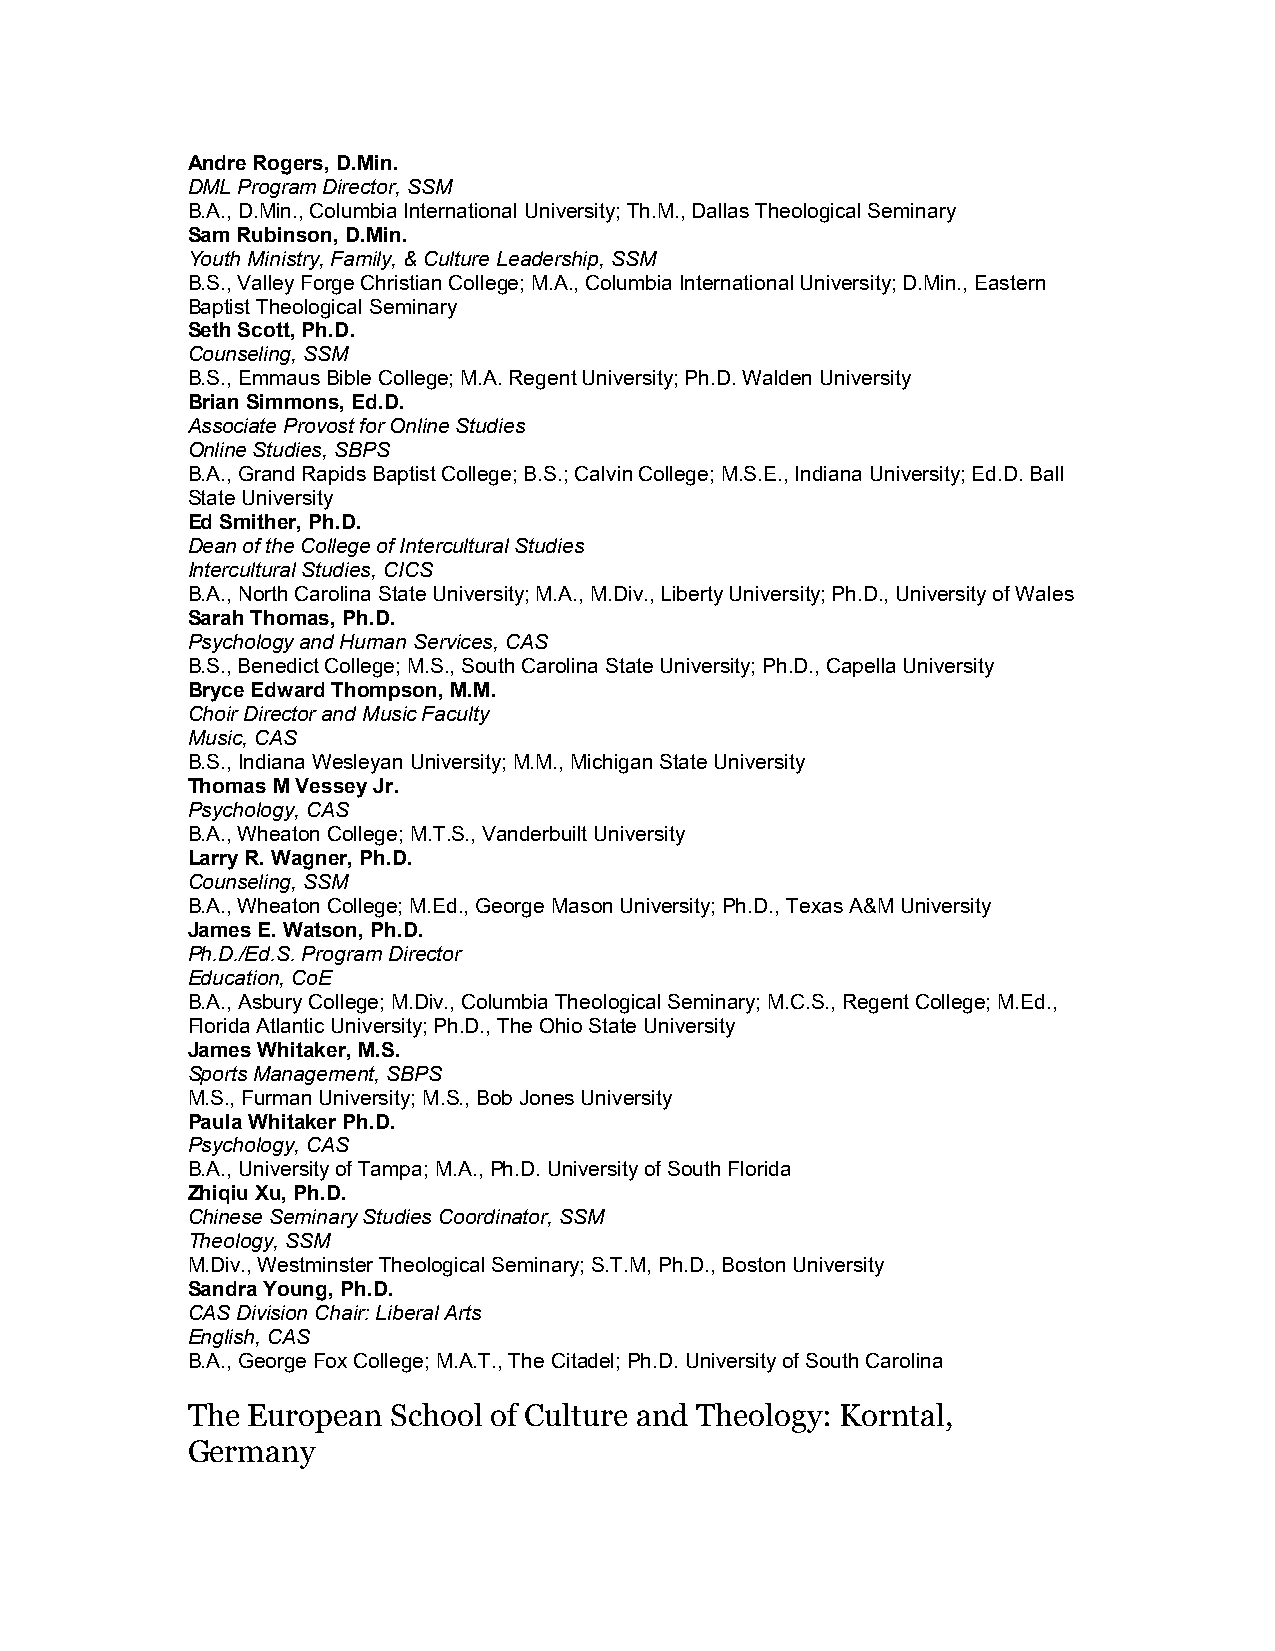
Andre Rogers, D.Min.
 DML Program Director, SSM
 B.A., D.Min., Columbia International University; Th.M., Dallas Theological Seminary
 Sam Rubinson, D.Min.
 Youth Ministry, Family, & Culture Leadership, SSM
 B.S., Valley Forge Christian College; M.A., Columbia International University; D.Min., Eastern
 Baptist Theological Seminary
 Seth Scott, Ph.D.
 Counseling, SSM
 B.S., Emmaus Bible College; M.A. Regent University; Ph.D. Walden University
 Brian Simmons, Ed.D.
 Associate Provost for Online Studies
 Online Studies, SBPS
 B.A., Grand Rapids Baptist College; B.S.; Calvin College; M.S.E., Indiana University; Ed.D. Ball
 State University
 Ed Smither, Ph.D.
 Dean of the College of Intercultural Studies
 Intercultural Studies, CICS
 B.A., North Carolina State University; M.A., M.Div., Liberty University; Ph.D., University of Wales
 Sarah Thomas, Ph.D.
 Psychology and Human Services, CAS
 B.S., Benedict College; M.S., South Carolina State University; Ph.D., Capella University
 Bryce Edward Thompson, M.M.
 Choir Director and Music Faculty
 Music, CAS
 B.S., Indiana Wesleyan University; M.M., Michigan State University
 Thomas M Vessey Jr.
 Psychology, CAS
 B.A., Wheaton College; M.T.S., Vanderbuilt University
 Larry R. Wagner, Ph.D.
 Counseling, SSM
 B.A., Wheaton College; M.Ed., George Mason University; Ph.D., Texas A&M University
 James E. Watson, Ph.D.
 Ph.D./Ed.S. Program Director
 Education, CoE
 B.A., Asbury College; M.Div., Columbia Theological Seminary; M.C.S., Regent College; M.Ed.,
 Florida Atlantic University; Ph.D., The Ohio State University
 James Whitaker, M.S.
 Sports Management, SBPS
 M.S., Furman University; M.S., Bob Jones University
 Paula Whitaker Ph.D.
 Psychology, CAS
 B.A., University of Tampa; M.A., Ph.D. University of South Florida
 Zhiqiu Xu, Ph.D.
 Chinese Seminary Studies Coordinator, SSM
 Theology, SSM
 M.Div., Westminster Theological Seminary; S.T.M, Ph.D., Boston University
 Sandra Young, Ph.D.
 CAS Division Chair: Liberal Arts
 English, CAS
 B.A., George Fox College; M.A.T., The Citadel; Ph.D. University of South Carolina
 The European  School of Culture and Theology: Korntal,
 Germany